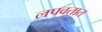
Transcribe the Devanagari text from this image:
लपवतात